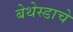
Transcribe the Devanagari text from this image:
बेथेस्डाचे